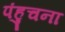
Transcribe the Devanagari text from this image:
पंहुचना